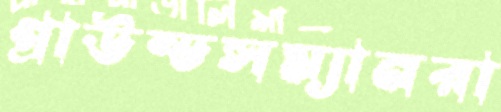
গ্রাউন্ডসম্যানরা